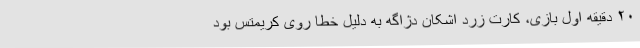
۲۰ دقیقه اول بازی، کارت زرد اشکان دژاگه به دلیل خطا روی کریمتس بود